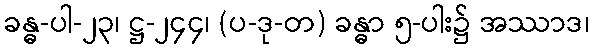
ခန္ဓ-ပါ-၂၃၊ ဋ္ဌ-၂၄၄၊ (ပ-ဒု-တ) ခန္ဓာ ၅-ပါး၌ အဿာဒ၊